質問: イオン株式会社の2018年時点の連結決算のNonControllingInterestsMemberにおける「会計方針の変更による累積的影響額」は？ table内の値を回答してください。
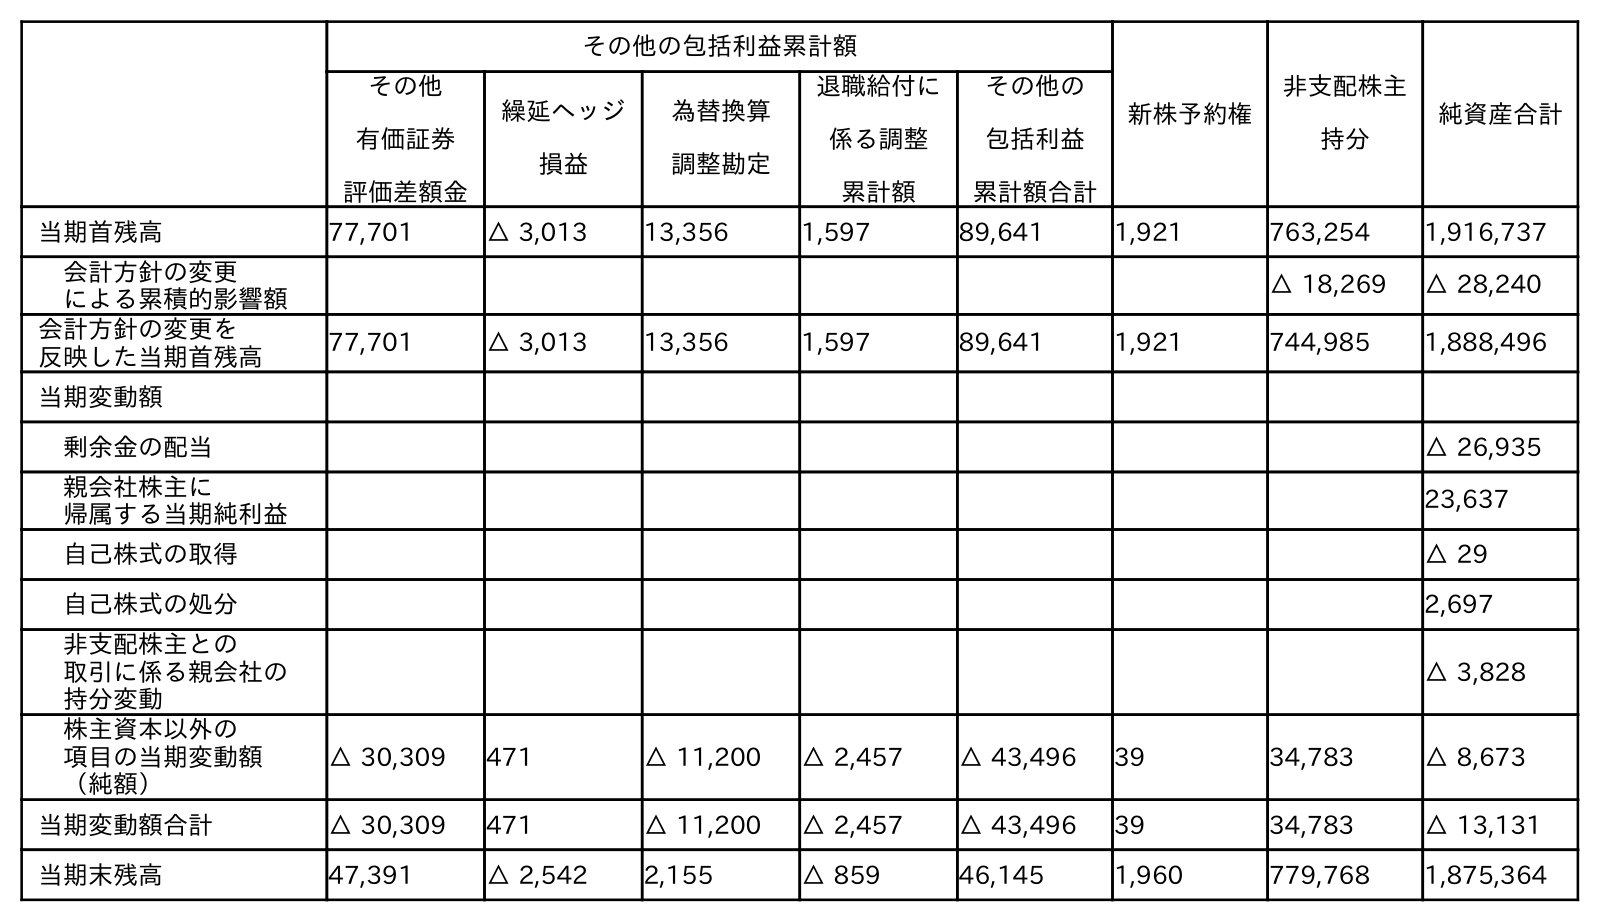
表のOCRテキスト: その他の包括利益累計額 新株予約権 非支配株主 持分 純資産合計 その他 有価証券 評価差額金 繰延ヘッジ 損益 為替換算 調整勘定 退職給付に 係る調整 累計額 その他の 包括利益 累計額合計 当期首残高 77,701 △ 3,013 13,356 1,597 89,641 1,921 763,254 1,916,737 会計方針の変更 による累積的影響額 △ 18,269 △ 28,240 会計方針の変更を 反映した当期首残高 77,701 △ 3,013 13,356 1,597 89,641 1,921 744,985 1,888,496 当期変動額 剰余金の配当 △ 26,935 親会社株主に 帰属する当期純利益 23,637 自己株式の取得 △ 29 自己株式の処分 2,697 非支配株主との 取引に係る親会社の 持分変動 △ 3,828 株主資本以外の 項目の当期変動額 （純額） △ 30,309 471 △ 11,200 △ 2,457 △ 43,496 39 34,783 △ 8,673 当期変動額合計 △ 30,309 471 △ 11,200 △ 2,457 △ 43,496 39 34,783 △ 13,131 当期末残高 47,391 △ 2,542 2,155 △ 859 46,145 1,960 779,768 1,875,364
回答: △18,269